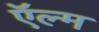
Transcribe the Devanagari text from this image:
ऍल्म